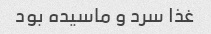
غذا سرد و ماسیده بود